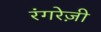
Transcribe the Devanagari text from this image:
रंगरेज़ी